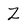
Character: Z